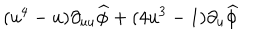
( u ^ { 4 } - u ) \partial _ { u u } \widehat { \phi } + ( 4 u ^ { 3 } - 1 ) \partial _ { u } \widehat { \phi }